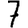
Digit: 7